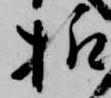
様